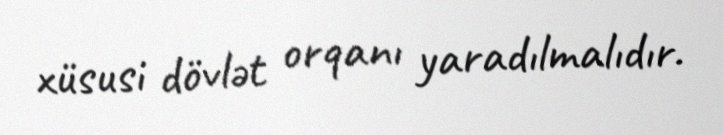
xüsusi dövlət orqanı yaradılmalıdır.